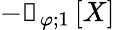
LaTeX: -\boldsymbol{\mathscr{f}}_{\varphi;1}\left[X\right]